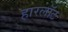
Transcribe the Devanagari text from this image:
हारलॉट